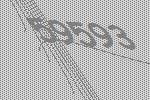
59593